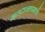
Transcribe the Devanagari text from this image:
मतदानाप्रमाणे